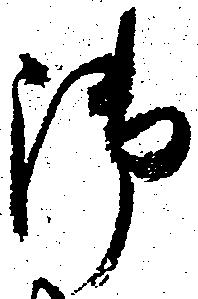
御